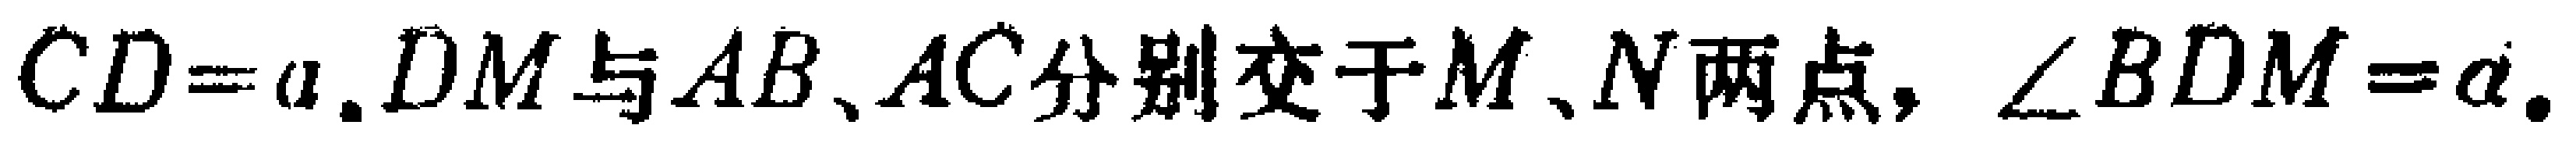
$CD = a,DM与AB、AC分别交于M、N两点,\angle BDM=\alpha.$